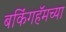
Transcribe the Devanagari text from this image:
बकिंगहॅमच्या